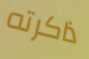
ذاكرته